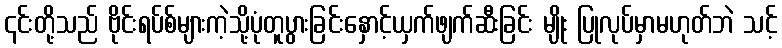
၎င်းတို့သည် ဗိုင်းရပ်စ်များကဲ့သို့ပုံတူပွားခြင်းနှောင့်ယှက်ဖျက်ဆီးခြင်း မျိုး ပြုလုပ်မှာမဟုတ်ဘဲ သင့်